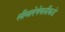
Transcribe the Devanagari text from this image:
सीमारेषेपलीकडे